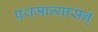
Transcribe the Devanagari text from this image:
प्रथमान्यासन्